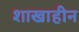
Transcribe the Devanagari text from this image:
शाखाहीन